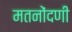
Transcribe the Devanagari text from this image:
मतनोंदणी